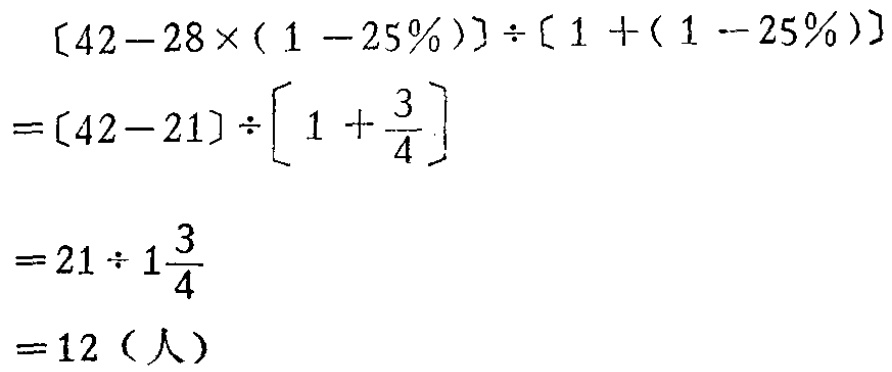
\[

\begin{align*}

&[42 - 28\times(1 - 25\%)]\div[1+(1 - 25\%)]\\

=&[42 - 21]\div\left[1+\frac{3}{4}\right]\\

=&21\div1\frac{3}{4}\\

=&12 \text{（人）}

\end{align*}

\]